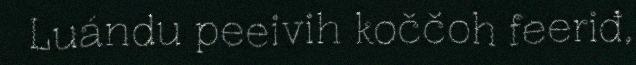
Luándu peeivih koččoh feeriđ,